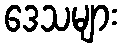
ဒေသများ